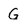
Character: G